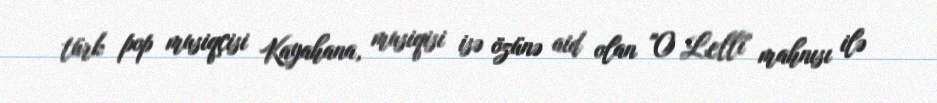
türk pop musiqçisi Kayahana, musiqisi isə özünə aid olan "O Lelli" mahnısı ilə